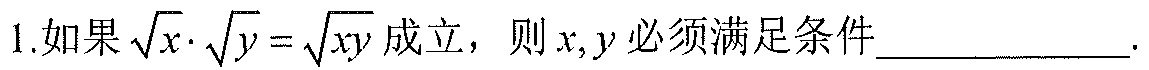
1.如果\(\sqrt{x}\cdot\sqrt{y}=\sqrt{xy}\)成立，则\(x,y\)必须满足条件____________.